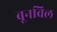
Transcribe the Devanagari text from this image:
बूनविल